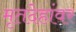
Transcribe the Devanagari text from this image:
मृतदेहांवर